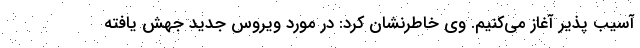
آسیب پذیر آغاز می‌‌کنیم. وی خاطرنشان کرد: در مورد ویروس جدید جهش یافته